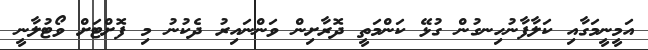
އަމީނީމަގާއި ކަލާފާނުހިނގުން ގުޅޭ ކަންމަތީ ދޮރާށިން ވަންނައިރު ދެކުނު މި ފޮށްޓަށް ވޯޓުލާނީ